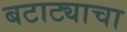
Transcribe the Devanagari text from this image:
बटाट्याचा